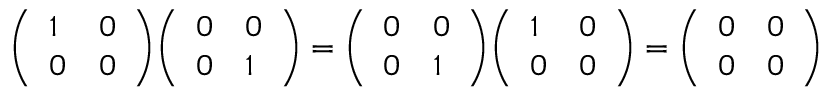
{ \left( \begin{array} { l l } { 1 } & { 0 } \\ { 0 } & { 0 } \end{array} \right) } { \left( \begin{array} { l l } { 0 } & { 0 } \\ { 0 } & { 1 } \end{array} \right) } = { \left( \begin{array} { l l } { 0 } & { 0 } \\ { 0 } & { 1 } \end{array} \right) } { \left( \begin{array} { l l } { 1 } & { 0 } \\ { 0 } & { 0 } \end{array} \right) } = { \left( \begin{array} { l l } { 0 } & { 0 } \\ { 0 } & { 0 } \end{array} \right) }